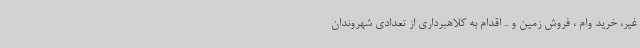
غیر، خرید وام ، فروش زمین و .. اقدام به کلاهبرداری از تعدادی شهروندان